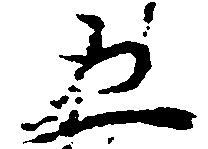
五